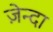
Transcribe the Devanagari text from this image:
ज़ेन्दा